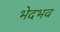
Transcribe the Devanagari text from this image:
भेदभव